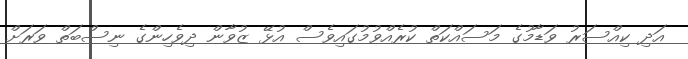
އަދި ކިއްސަރު ވަޑާމުގެ މަސައްކަތް ކުރެއްވުމުގައިވެސް އުޅޭ ޒުވާން ދިވެހިންގެ ނިސްބަތް ވަރަށް